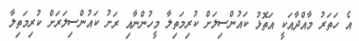
އެ ހަތަރު މާއްދާއަކީ އަތޮޅު ކައުންސިލަށް ކުރިމަތިލާ މީހުންނާއި ރަށު ކައުންސިލަރަށް ކުރިމަތިލާ